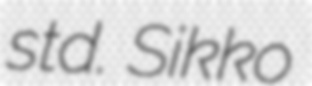
std. Sikko